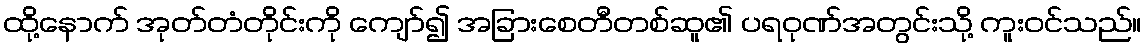
ထို့နောက် အုတ်တံတိုင်းကို ကျော်၍ အခြားစေတီတစ်ဆူ၏ ပရဝုဏ်အတွင်းသို့ ကူးဝင်သည်။